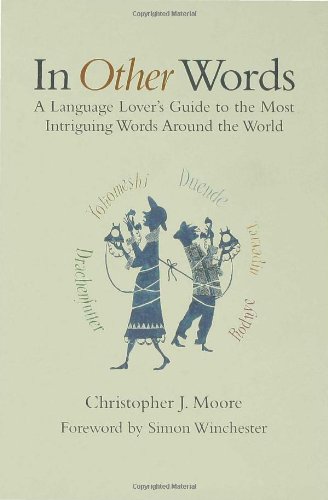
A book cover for In Other Words; C. J. Moore; Reference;